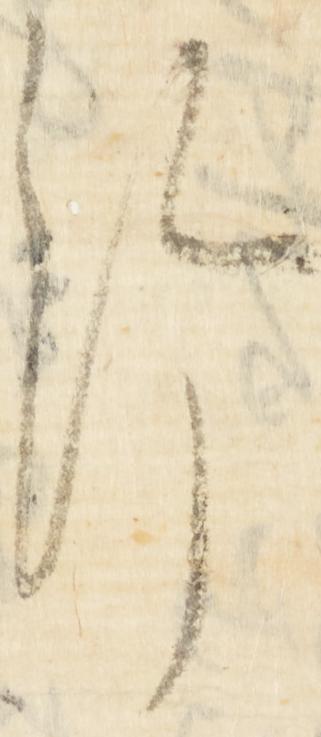
給